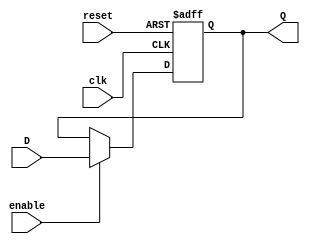
module FlipFlopRegister #(
    parameter N = 8  // Number of bits
)(
    input wire [N-1:0] D,       // Parallel input data
    input wire clk,             // Clock signal
    input wire reset,           // Asynchronous reset signal
    input wire enable,          // Enable signal
    output reg [N-1:0] Q        // Parallel output data
);

    // Asynchronous reset
    always @(posedge clk or posedge reset) begin
        if (reset) begin
            Q <= {N{1'b0}}; // Set all bits to 0
        end else if (enable) begin
            Q <= D; // Capture data on clock edge if enabled
        end
    end

endmodule